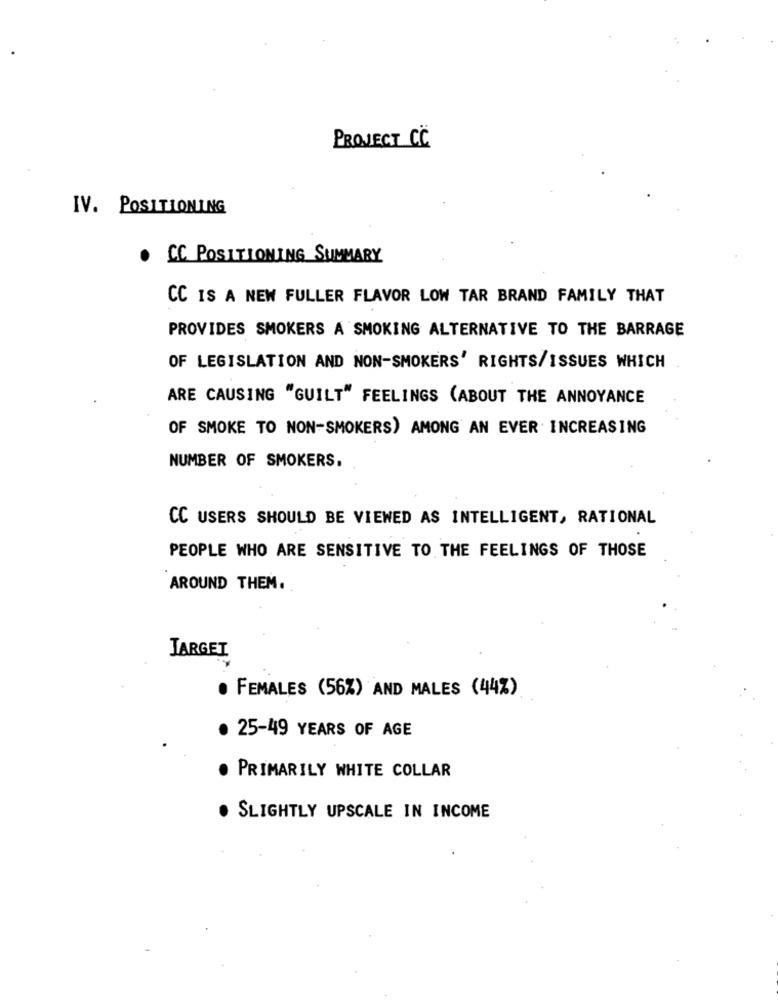
PROJECT CC
IV. POSITIONING
. CC POSITIONING SUMMARY
CC IS A NEW FULLER FLAVOR LOW TAR BRAND FAMILY THAT
PROVIDES SMOKERS A SMOKING ALTERNATIVE TO THE BARRAGE
OF LEGISLATION AND NON-SMOKERS' RIGHTS/ISSUES WHICH
ARE CAUSING "GUILT" FEELINGS (ABOUT THE ANNOYANCE
OF SMOKE TO NON-SMOKERS) AMONG AN EVER INCREASING
NUMBER OF SMOKERS.
CC USERS SHOULD BE VIEWED AS INTELLIGENT, RATIONAL
PEOPLE WHO ARE SENSITIVE TO THE FEELINGS OF THOSE
AROUND THEM.
TARGET
. FEMALES (56%) AND MALES (44%)
· 25-49 YEARS OF AGE
PRIMARILY WHITE COLLAR
SLIGHTLY UPSCALE IN INCOME